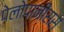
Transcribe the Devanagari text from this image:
पेलोपानीसस